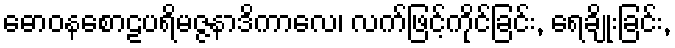
ဓောဝနစောဠပရိမဇ္ဇနာဒိကာလေ၊ လက်ဖြင့်ကိုင်ခြင်း, ရေချိုးခြင်း,